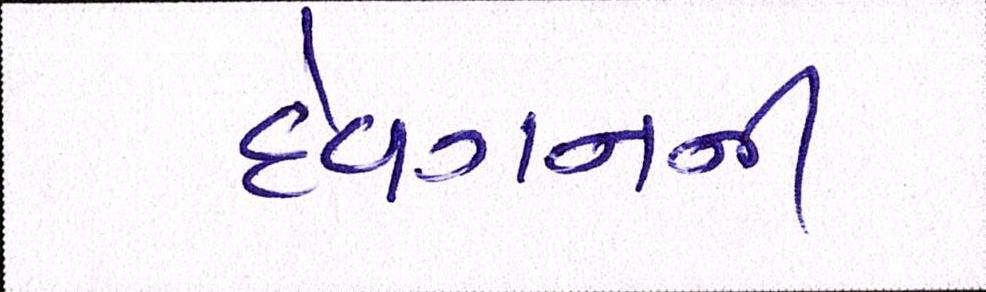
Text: દેવગનની